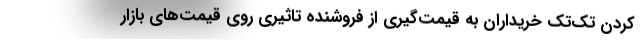
کردن تک‌تک خریداران به قیمت‌گیری از فروشنده تاثیری روی قیمت‌های بازار